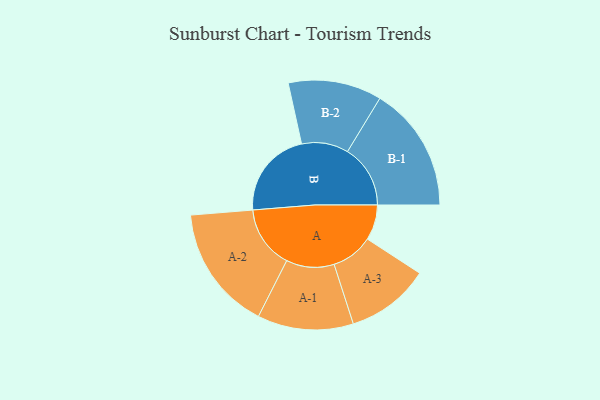
{"axis": {"x": "Segment", "y": "Value"}, "legend": ["", "A", "B"], "data": [{"x": "A", "y": 121, "type": ""}, {"x": "B", "y": 301, "type": ""}, {"x": "A-1", "y": 164, "type": "A"}, {"x": "A-2", "y": 214, "type": "A"}, {"x": "A-3", "y": 143, "type": "A"}, {"x": "B-1", "y": 215, "type": "B"}, {"x": "B-2", "y": 160, "type": "B"}]}